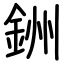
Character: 銂